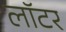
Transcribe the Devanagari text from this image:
लॉटर